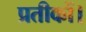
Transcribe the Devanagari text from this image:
प्रतीकों।